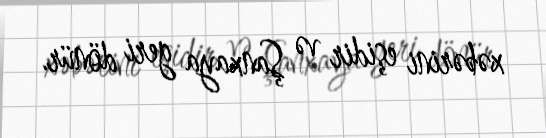
xəbərini eşidir və Şanxaya geri dönür.